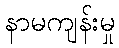
နာမကျန်းမှု